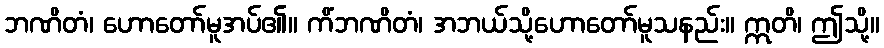
ဘဏိတံ၊ ဟောတော်မူအပ်၏။ ကိံဘဏိတံ၊ အဘယ်သို့ဟောတော်မူသနည်း။ ဣတိ၊ ဤသို့။